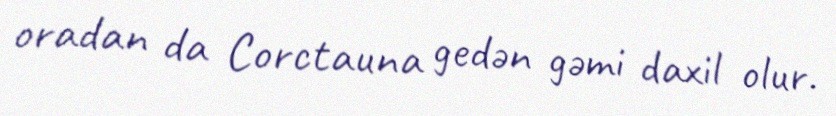
oradan da Corctauna gedən gəmi daxil olur.